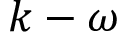
k - \omega